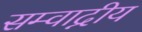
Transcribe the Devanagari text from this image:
सम्वाद्नीय